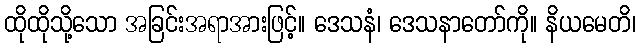
ထိုထိုသို့သော အခြင်းအရာအားဖြင့်။ ဒေသနံ၊ ဒေသနာတော်ကို။ နိယမေတိ၊